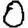
Digit: 0